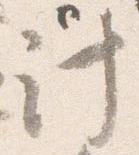
計